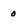
Character: 0